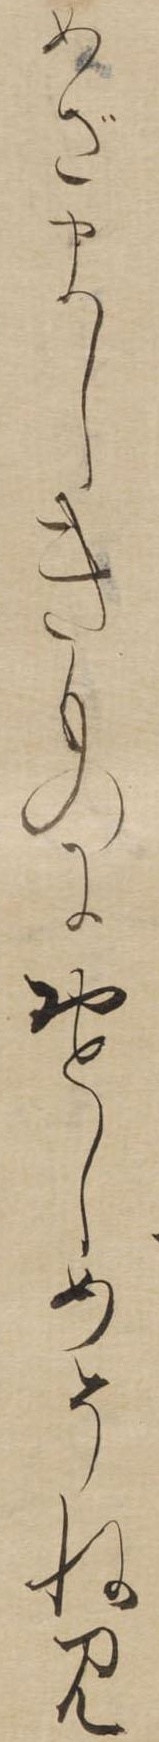
めざましきものにおとしめそねみ